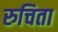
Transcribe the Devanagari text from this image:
रुचिता